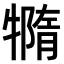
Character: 𤛩